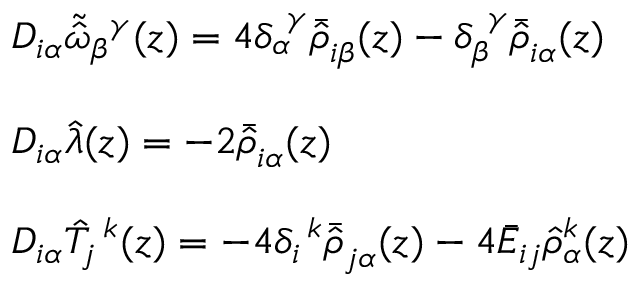
\begin{array} { l } { { D _ { i \alpha } \tilde { \hat { \omega } } _ { \beta } { } ^ { \gamma } ( z ) = 4 \delta _ { \alpha } ^ { ~ \gamma } \bar { \hat { \rho } } _ { i \beta } ( z ) - \delta _ { \beta } ^ { ~ \gamma } \bar { \hat { \rho } } _ { i \alpha } ( z ) } } \\ { { { } } } \\ { { D _ { i \alpha } \hat { \lambda } ( z ) = - 2 \bar { \hat { \rho } } _ { i \alpha } ( z ) } } \\ { { { } } } \\ { { D _ { i \alpha } \hat { T } _ { j } ^ { ~ k } ( z ) = - 4 \delta _ { i } ^ { ~ k } \bar { \hat { \rho } } _ { j \alpha } ( z ) - 4 \bar { \cal E } _ { i j } \hat { \rho } { } _ { \alpha } ^ { k } ( z ) } } \end{array}